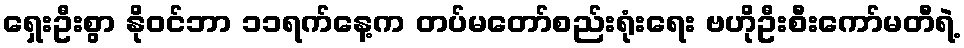
ရှေးဦးစွာ နိုဝင်ဘာ ၁၁ရက်နေ့က တပ်မတော်စည်းရုံးရေး ဗဟိုဦးစီးကော်မတီရဲ့